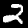
Label: 2